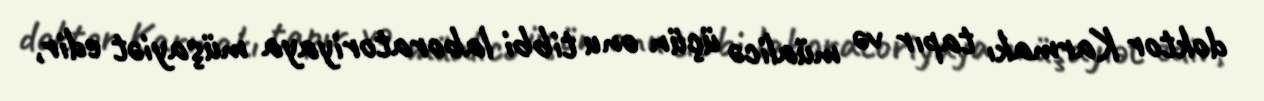
doktor Karmakı tapır və müalicə üçün onu tibbi laboratoriyaya müşayiət edir,